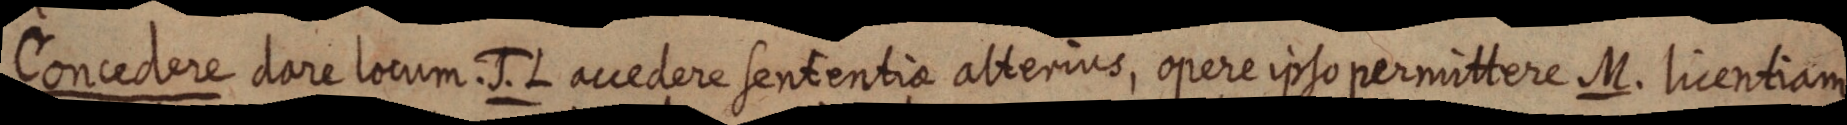
Concedere dare locum. J. L. accedere sententiae alterius, opere ipso permittere M. licentiam